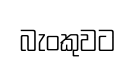
බැංකුවට